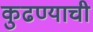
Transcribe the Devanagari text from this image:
कुढण्याची